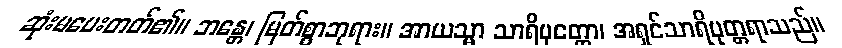
ဆုံးမပေးတတ်၏။ ဘန္တေ၊ မြတ်စွာဘုရား။ အာယသ္မာ သာရိပုတ္တော၊ အရှင်သာရိပုတ္တရာသည်။